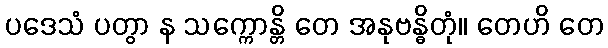
ပဒေသံ ပတွာ န သက္ကောန္တိ တေ အနုဗန္ဓိတုံ။ တေဟိ တေ